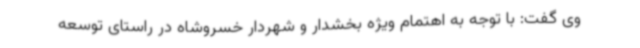
وی گفت: با توجه به اهتمام ویژه بخشدار و شهردار خسروشاه در راستای توسعه